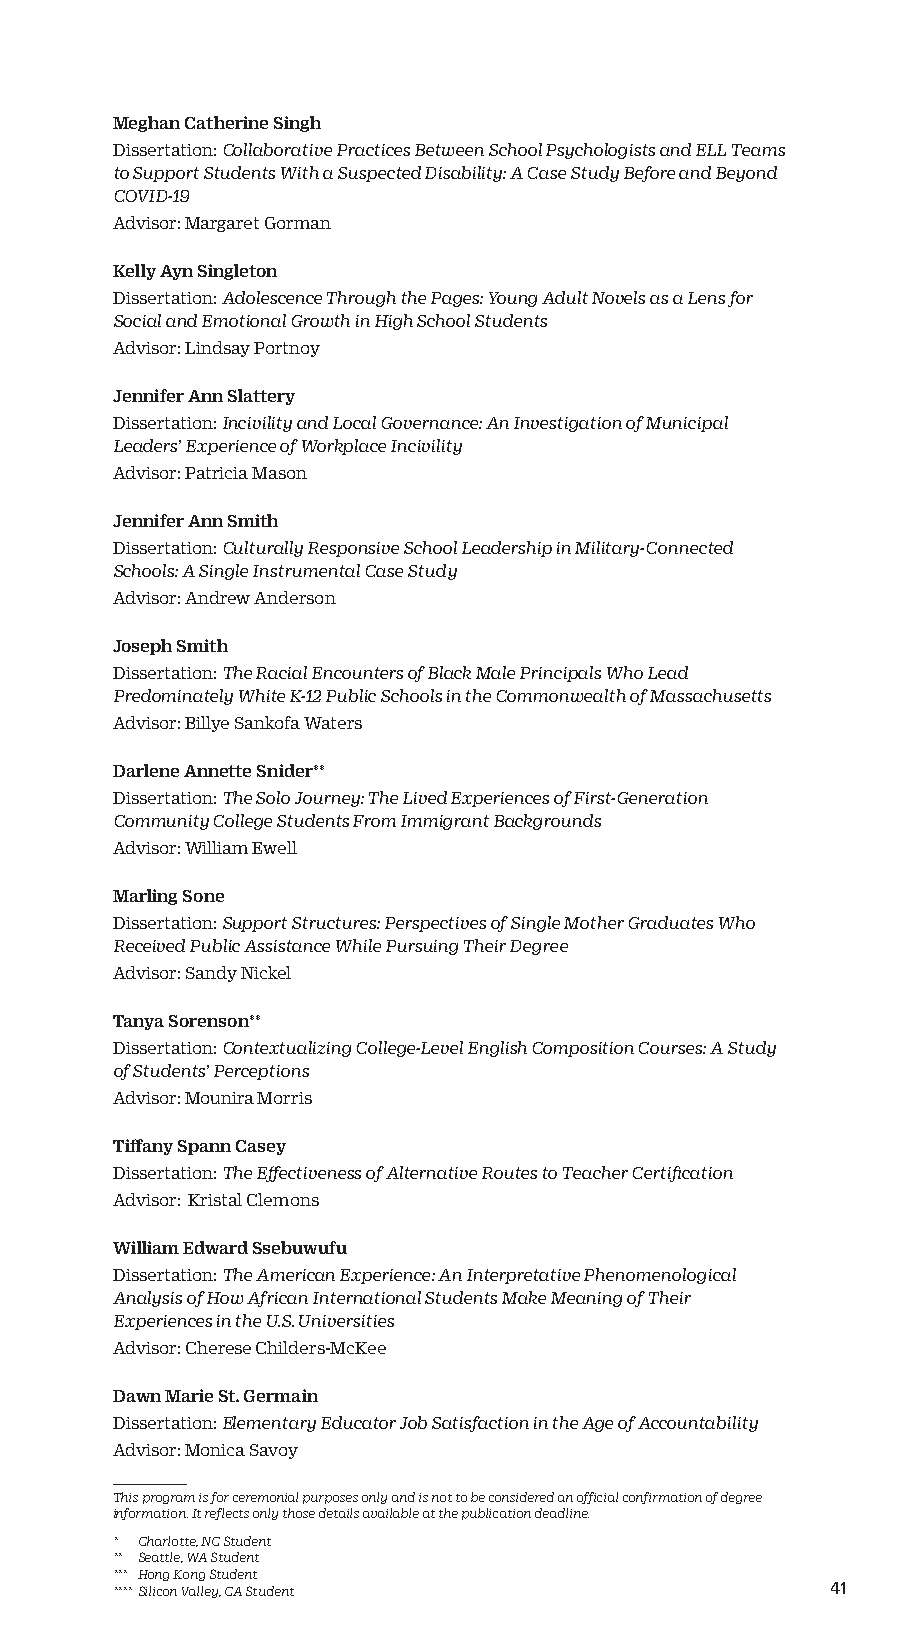
Meghan Catherine Singh
 Dissertation: Collaborative Practices Between School Psychologists and ELL Teams
 to Support Students With a Suspected Disability: A Case Study Before and Beyond
 COVID-19
 Advisor: Margaret Gorman
 Kelly Ayn Singleton
 Dissertation: Adolescence Through the Pages: Young Adult Novels as a Lens for
 Social and Emotional Growth in High School Students
 Advisor: Lindsay Portnoy
 Jennifer Ann Slattery
 Dissertation: Incivility and Local Governance: An Investigation of Municipal
 Leaders’ Experience of Workplace Incivility
 Advisor: Patricia Mason
 Jennifer Ann Smith
 Dissertation: Culturally Responsive School Leadership in Military-Connected
 Schools: A Single Instrumental Case Study
 Advisor: Andrew Anderson
 Joseph Smith
 Dissertation: The Racial Encounters of Black Male Principals Who Lead
 Predominately White K-12 Public Schools in the Commonwealth of Massachusetts
 Advisor: Billye Sankofa Waters
 Darlene Annette Snider**
 Dissertation: The Solo Journey: The Lived Experiences of First-Generation
 Community College Students From Immigrant Backgrounds
 Advisor: William Ewell
 Marling Sone
 Dissertation: Support Structures: Perspectives of Single Mother Graduates Who
 Received Public Assistance While Pursuing Their Degree
 Advisor: Sandy Nickel
 Tanya Sorenson**
 Dissertation: Contextualizing College-Level English Composition Courses: A Study
 of Students’ Perceptions
 Advisor: Mounira Morris
 Tiffany Spann Casey
 Dissertation: The Effectiveness of Alternative Routes to Teacher Certification
 Advisor: Kristal Clemons
 William Edward Ssebuwufu
 Dissertation: The American Experience: An Interpretative Phenomenological
 Analysis of How African International Students Make Meaning of Their
 Experiences in the U.S. Universities
 Advisor: Cherese Childers-McKee
 Dawn Marie St. Germain
 Dissertation: Elementary Educator Job Satisfaction in the Age of Accountability
 Advisor: Monica Savoy
 This program is for ceremonial purposes only and is not to be considered an official confirmation of degree
 information. It reflects only those details available at the publication deadline.
 * Charlotte, NC Student
 ** Seattle, WA Student
 *** Hong Kong Student
 **** Silicon Valley, CA Student                 41